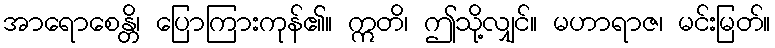
အာရောစေန္တိ၊ ပြောကြားကုန်၏။ ဣတိ၊ ဤသို့လျှင်။ မဟာရာဇ၊ မင်းမြတ်။